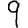
Digit: 9